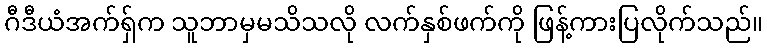
ဂီဒီယံအက်ရှ်က သူဘာမှမသိသလို လက်နှစ်ဖက်ကို ဖြန့်ကားပြလိုက်သည်။